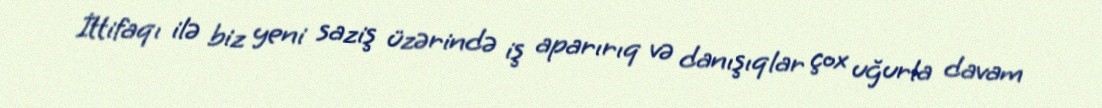
İttifaqı ilə biz yeni saziş üzərində iş aparırıq və danışıqlar çox uğurla davam